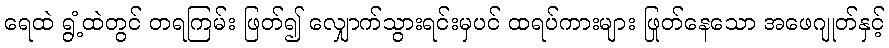
ရေထဲ ရွံ့ထဲတွင် တရကြမ်း ဖြတ်၍ လျှောက်သွားရင်းမှပင် ထရပ်ကားများ ဖြုတ်နေသော အဖေဂျုတ်နှင့်